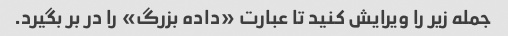
جمله زیر را ویرایش کنید تا عبارت «داده بزرگ» را در بر بگیرد.